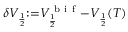
\delta V _ { \frac { 1 } { 2 } } { : = } V _ { \frac { 1 } { 2 } } ^ { \mathrm { ~ b ~ i ~ f ~ } } { - } V _ { \frac { 1 } { 2 } } ( T )